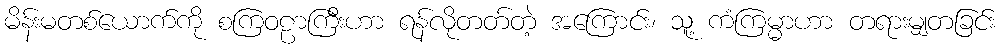
မိန်းမတစ်ယောက်ကို စကြဝဠာကြီးဟာ ရန်လိုတတ်တဲ့ အကြောင်း၊ သူ့ ကံကြမ္မာဟာ တရားမျှတခြင်း